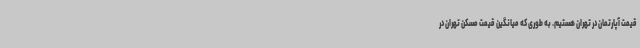
قیمت آپارتمان در تهران هستیم. به طوری که میانگین قیمت مسکن تهران در